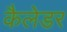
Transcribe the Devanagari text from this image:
कैलेडर